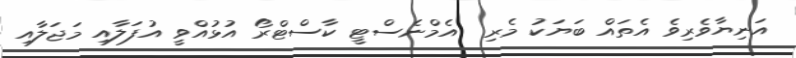
އަނިޔާވެރިވެ އެތައް ބަޔަކު މެރި  އެމްނެސްޓީ ކާސްޓްރޯ އުޅުއްވީ އުފަލާއި މަޖަލާއި